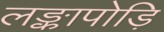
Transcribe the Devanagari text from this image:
लङ्कापोड़ि